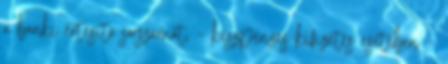
a banki értesítő sorszámát, – készpénzes kifizetés esetében –